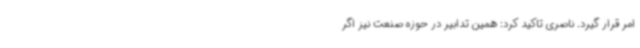
امر قرار گیرد. ناصری تاکید کرد: همین تدابیر در حوزه صنعت نیز اگر